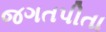
જગતપીતા